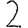
Digit: 2